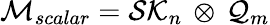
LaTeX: {\cal M}_{scalar}={\cal SK}_{n}\, \otimes\, {\cal Q}_{m}